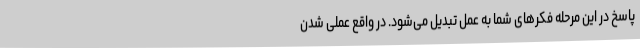
پاسخ در این مرحله فکرهای شما به عمل تبدیل می‌شود. در واقع عملی شدن